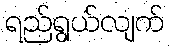
ရည်ရွယ်လျက်